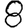
Digit: 8